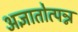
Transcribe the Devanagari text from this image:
अज्ञातोत्पन्न